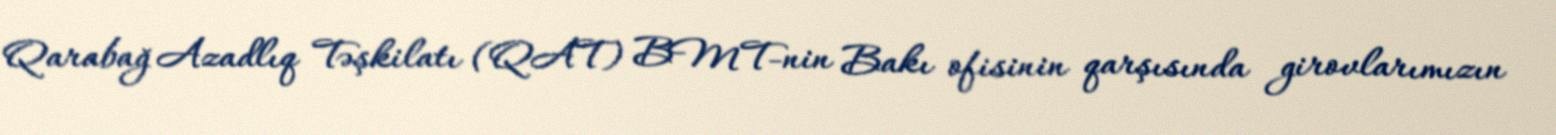
Qarabağ Azadlıq Təşkilatı (QAT) BMT-nin Bakı ofisinin qarşısında girovlarımızın